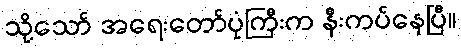
သို့သော် အရေးတော်ပုံကြီးက နီးကပ်နေပြီ။